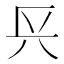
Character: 𨱘